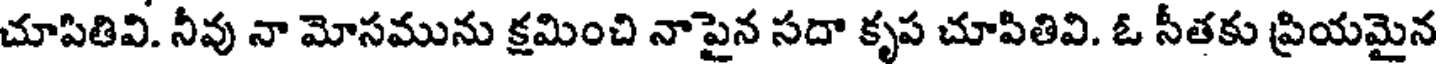
చూపితివి. నీవు నా మోసమును క్షమించి నాపైన సదా కృప చూపితివి. ఓ సీతకు ప్రియమైన